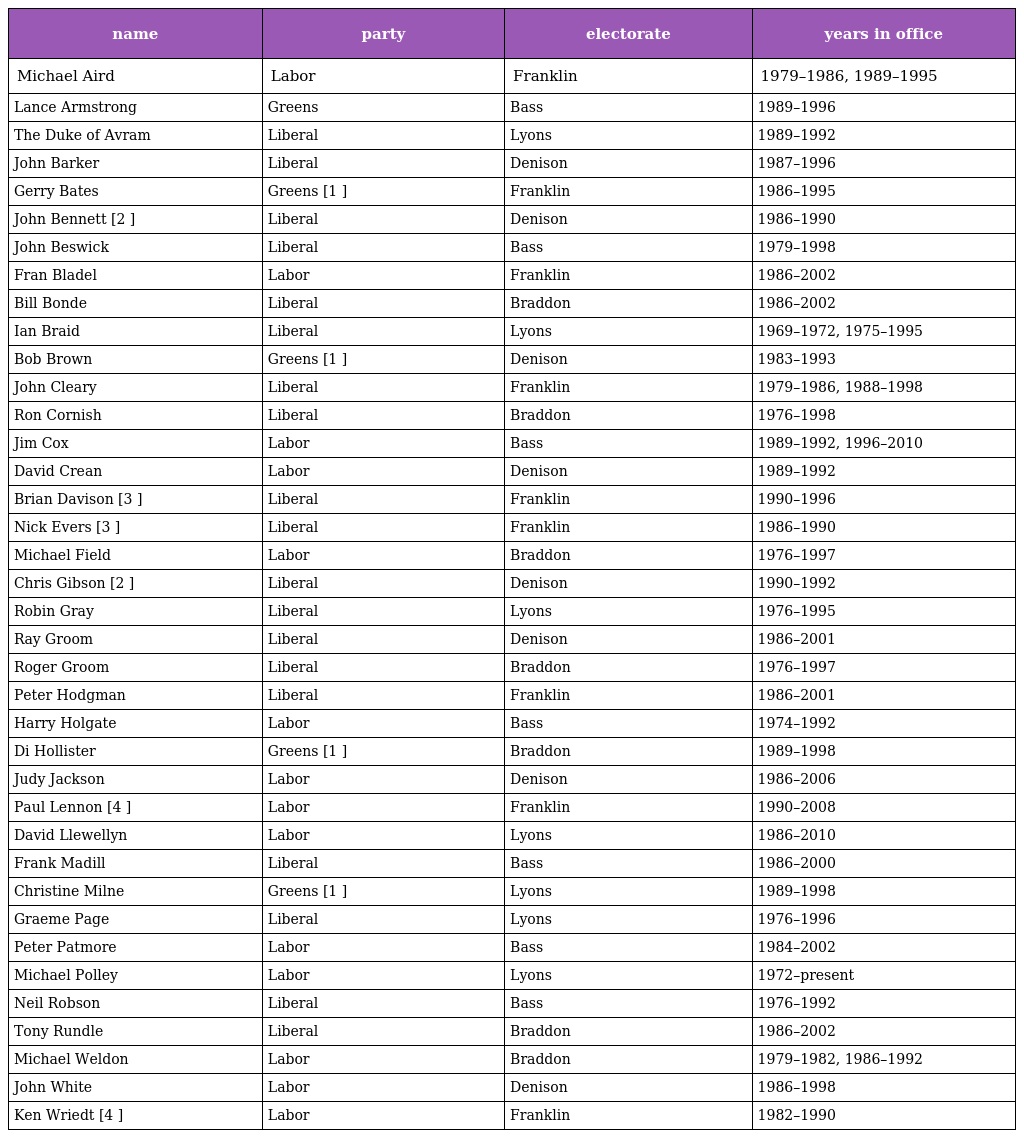
| name | party | electorate | years in office |
 | --- | --- | --- | --- |
 | Michael Aird | Labor | Franklin | 1979–1986, 1989–1995 |
 | Lance Armstrong | Greens | Bass | 1989–1996 |
 | The Duke of Avram | Liberal | Lyons | 1989–1992 |
 | John Barker | Liberal | Denison | 1987–1996 |
 | Gerry Bates | Greens [1 ] | Franklin | 1986–1995 |
 | John Bennett [2 ] | Liberal | Denison | 1986–1990 |
 | John Beswick | Liberal | Bass | 1979–1998 |
 | Fran Bladel | Labor | Franklin | 1986–2002 |
 | Bill Bonde | Liberal | Braddon | 1986–2002 |
 | Ian Braid | Liberal | Lyons | 1969–1972, 1975–1995 |
 | Bob Brown | Greens [1 ] | Denison | 1983–1993 |
 | John Cleary | Liberal | Franklin | 1979–1986, 1988–1998 |
 | Ron Cornish | Liberal | Braddon | 1976–1998 |
 | Jim Cox | Labor | Bass | 1989–1992, 1996–2010 |
 | David Crean | Labor | Denison | 1989–1992 |
 | Brian Davison [3 ] | Liberal | Franklin | 1990–1996 |
 | Nick Evers [3 ] | Liberal | Franklin | 1986–1990 |
 | Michael Field | Labor | Braddon | 1976–1997 |
 | Chris Gibson [2 ] | Liberal | Denison | 1990–1992 |
 | Robin Gray | Liberal | Lyons | 1976–1995 |
 | Ray Groom | Liberal | Denison | 1986–2001 |
 | Roger Groom | Liberal | Braddon | 1976–1997 |
 | Peter Hodgman | Liberal | Franklin | 1986–2001 |
 | Harry Holgate | Labor | Bass | 1974–1992 |
 | Di Hollister | Greens [1 ] | Braddon | 1989–1998 |
 | Judy Jackson | Labor | Denison | 1986–2006 |
 | Paul Lennon [4 ] | Labor | Franklin | 1990–2008 |
 | David Llewellyn | Labor | Lyons | 1986–2010 |
 | Frank Madill | Liberal | Bass | 1986–2000 |
 | Christine Milne | Greens [1 ] | Lyons | 1989–1998 |
 | Graeme Page | Liberal | Lyons | 1976–1996 |
 | Peter Patmore | Labor | Bass | 1984–2002 |
 | Michael Polley | Labor | Lyons | 1972–present |
 | Neil Robson | Liberal | Bass | 1976–1992 |
 | Tony Rundle | Liberal | Braddon | 1986–2002 |
 | Michael Weldon | Labor | Braddon | 1979–1982, 1986–1992 |
 | John White | Labor | Denison | 1986–1998 |
 | Ken Wriedt [4 ] | Labor | Franklin | 1982–1990 |